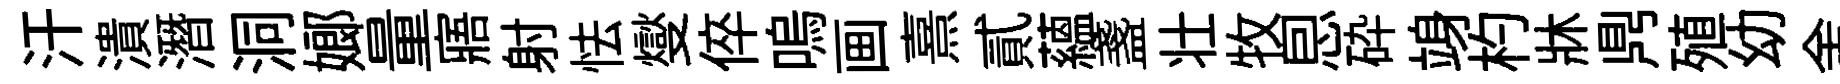
汗潰潛洞嫏量寤射怯燮倅嗚画熹貳藴盞壮牧㤙砕竧杓牀𪔂殖幼舍